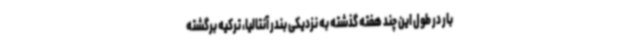
بار در طول این چند هفته گذشته به نزدیکی بندر آنتالیا، ترکیه برگشته